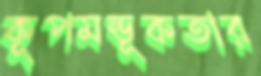
কূপমন্ডূকতার